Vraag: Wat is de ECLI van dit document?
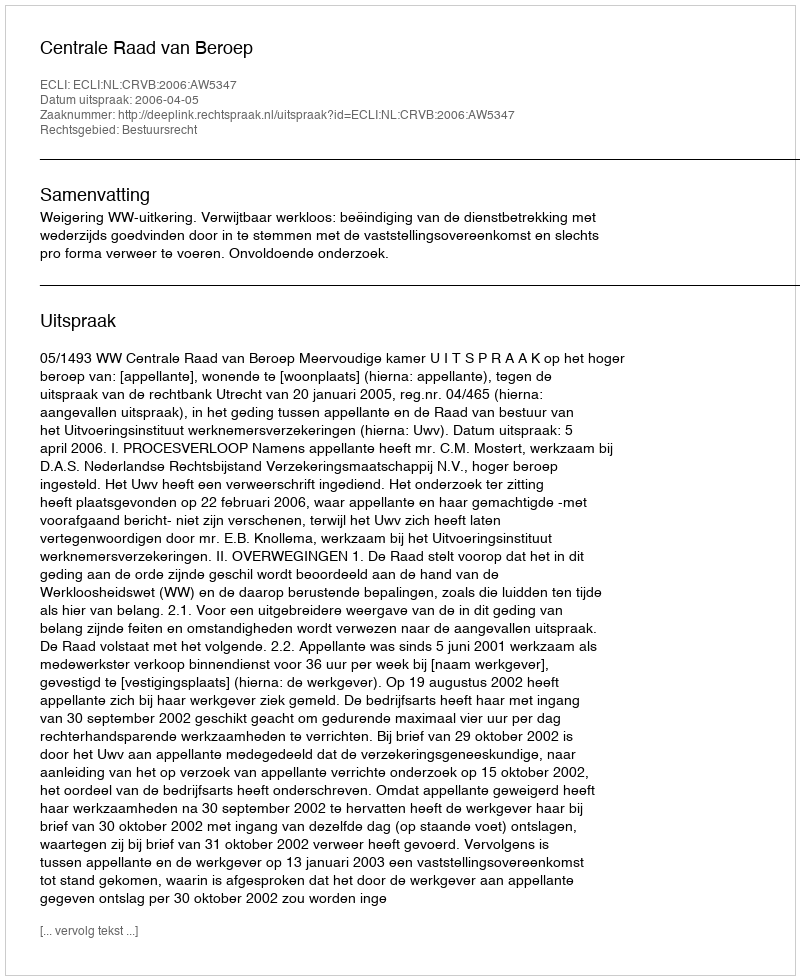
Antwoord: ECLI:NL:CRVB:2006:AW5347